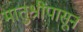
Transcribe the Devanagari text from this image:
मातुश्रींपासून